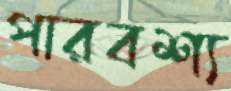
পারবশ্য